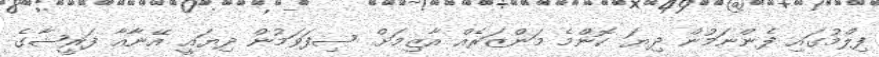
ފިލްމުގައި ފެންނަމުން ދިޔަ ކޮންމެ މަންޒަރެއް އާޒިމަށް ސިފަވަމުން ދިޔައީ އޭނާއާ ފަރީޝާގެ